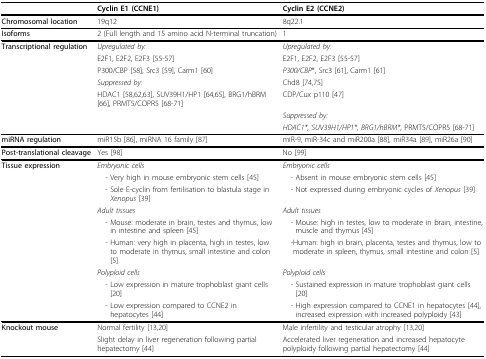
<table><thead><tr><td></td><td><b>Cyclin E1 (CCNE1)</b></td><td><b>Cyclin E2 (CCNE2)</b></td></tr></thead><tbody><tr><td><b>Chromosomal location</b></td><td>19q12</td><td>8q22.1</td></tr><tr><td><b>Isoforms</b></td><td>2 (Full length and 15 amino acid N-terminal truncation)</td><td>1</td></tr><tr><td><b>Transcriptional regulation</b></td><td><i>Upregulated by:</i></td><td><i>Upregulated by:</i></td></tr><tr><td></td><td>E2F1, E2F2, E2F3 [55-57]</td><td>E2F1, E2F2, E2F3 [55-57]</td></tr><tr><td></td><td>P300/CBP [58], Src3 [59], Carm1 [60]</td><td><i>P300/CBP</i>*, Src3 [61], Carm1 [61]</td></tr><tr><td></td><td><i>Suppressed by:</i></td><td>Chd8 [74,75]</td></tr><tr><td></td><td>HDAC1 [58,62,63], SUV39H1/HP1 [64,65], BRG1/hBRM [66], PRMT5/COPR5 [68-71]</td><td>CDP/Cux p110 [47]</td></tr><tr><td></td><td></td><td><i>Suppressed by:</i></td></tr><tr><td></td><td></td><td><i>HDAC1*, SUV39H1/HP1*, BRG1/hBRM*</i>, PRMT5/COPR5 [68-71]</td></tr><tr><td><b>miRNA regulation</b></td><td>miR15b [86], miRNA 16 family [87]</td><td>miR-9, miR-34c and miR200a [88], miR34a [89], miR26a [90]</td></tr><tr><td><b>Post-translational cleavage</b></td><td>Yes [98]</td><td>No [99]</td></tr><tr><td><b>Tissue expression</b></td><td><i>Embryonic cells</i></td><td><i>Embryonic cells</i></td></tr><tr><td></td><td> - Very high in mouse embryonic stem cells [45]</td><td> - Absent in mouse embryonic stem cells [45]</td></tr><tr><td></td><td> - Sole E-cyclin from fertilisation to blastula stage in <i>Xenopus </i>[39]</td><td> - Not expressed during embryonic cycles of <i>Xenopus </i>[39]</td></tr><tr><td></td><td><i>Adult tissues</i></td><td><i>Adult tissues</i></td></tr><tr><td></td><td> - Mouse: moderate in brain, testes and thymus, low in intestine and spleen [45]</td><td> - Mouse: high in testes, low to moderate in brain, intestine, muscle and thymus [45]</td></tr><tr><td></td><td> - Human: very high in placenta, high in testes, low to moderate in thymus, small intestine and colon [5]</td><td> -Human: high in brain, placenta, testes and thymus, low to moderate in spleen, thymus, small intestine and colon [5]</td></tr><tr><td></td><td><i>Polyploid cells</i></td><td><i>Polyploid cells</i></td></tr><tr><td></td><td> - Low expression in mature trophoblast giant cells [20]</td><td> - Sustained expression in mature trophoblast giant cells [20]</td></tr><tr><td></td><td> - Low expression compared to CCNE2 in hepatocytes [44]</td><td> - High expression compared to CCNE1 in hepatocytes [44], increased expression with increased polyploidy [43]</td></tr><tr><td><b>Knockout mouse</b></td><td>Normal fertility [13,20]</td><td>Male infertility and testicular atrophy [13,20]</td></tr><tr><td></td><td>Slight delay in liver regeneration following partial hepatectomy [44]</td><td>Accelerated liver regeneration and increased hepatocyte polyploidy following partial hepatectomy [44]</td></tr></tbody></table>